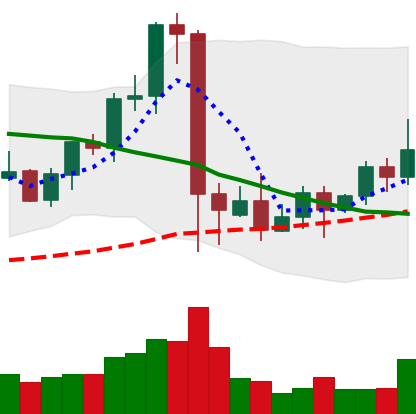
Ticker: EOS-USD
Chart end date: 2021-09-17
Forward return: -17.968%
Label: down_7plus